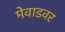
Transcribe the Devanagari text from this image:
मेवाडवर